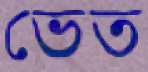
ভেত